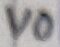
Text: V0